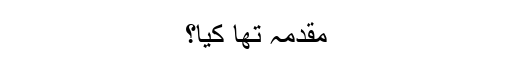
مقدمہ تھا کیا؟